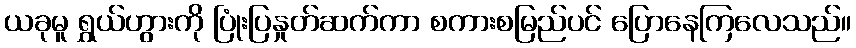
ယခုမူ ရွှယ်ဟွားကို ပြုံးပြနှုတ်ဆက်ကာ စကားစမြည်ပင် ပြောနေကြလေသည်။